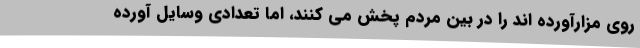
روی مزارآورده اند را در بین مردم پخش می کنند، اما تعدادی وسایل آورده